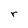
Character: r